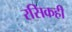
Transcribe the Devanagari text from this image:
रसिकही